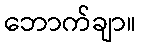
ဘောက်ချာ။